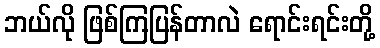
ဘယ်လို ဖြစ်ကြပြန်တာလဲ ရောင်းရင်းတို့